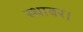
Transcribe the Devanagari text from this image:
स्थावर।